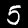
Label: 5